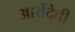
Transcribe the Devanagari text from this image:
आयेंदेची